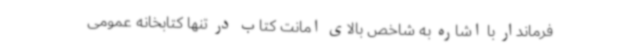
فرماندار با اشاره به شاخص بالای امانت کتاب در تنها کتابخانه عمومی